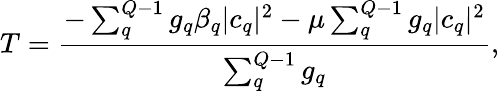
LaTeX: T=\frac{-\sum_{q}^{Q-1}g_{q}\beta_{q}|c_{q}|^{2}-\mu\sum_{q}^{Q-1}g_{q}|c_{q}|^{2}}{\sum_{q}^{Q-1}g_{q}},